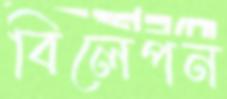
বিলেপন